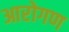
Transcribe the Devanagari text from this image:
आरोगण